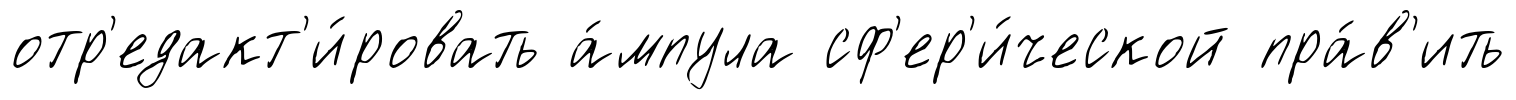
отр'едакт'и́ровать а́мпула сф'ер'и́ческой пра́в'ить